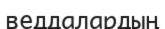
веддалардың